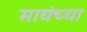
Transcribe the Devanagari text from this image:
मायंच्या